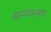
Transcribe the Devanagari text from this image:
सम्भवताय